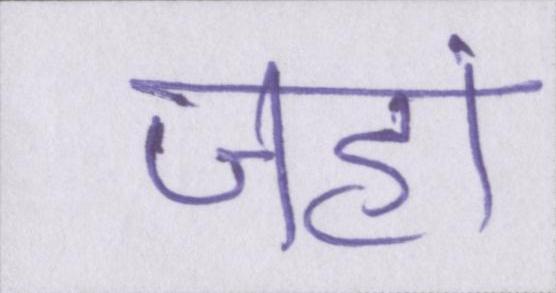
जहां